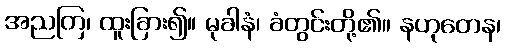
အညတြ၊ ထူးခြား၍။ မုခါနံ၊ ခံတွင်းတို့၏။ နဟုတေန၊